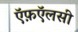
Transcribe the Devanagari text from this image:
ऍफ़ऍलसी